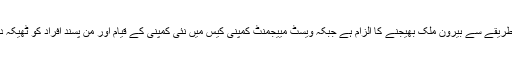
سابق وزیراعلیٰ پر رقم غیر قانونی طریقے سے بیرون ملک بھیجنے کا الزام ہے جبکہ ویسٹ مییجمنٹ کمپنی کیس میں نئی کمپنی کے قیام اور من پسند افراد کو ٹھیکہ دینے کا بھی الزام ان کے سر پہ ہے۔